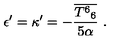
\epsilon ^ { \prime } = \kappa ^ { \prime } = - \frac { \overline { { { T ^ { 6 } } _ { 6 } } } } { 5 \alpha } \ .